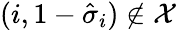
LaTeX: (i,1-\hat{\sigma}_{i})\notin\mathcal{X}